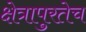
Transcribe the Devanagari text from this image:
क्षेत्रापुरतेच